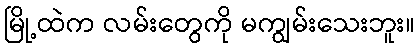
မြို့ထဲက လမ်းတွေကို မကျွမ်းသေးဘူး။